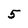
Character: 5